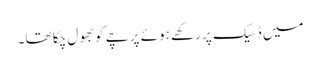
میں ڈسیک پر رکھے ہوئے پرچے کو بھول چکا تھا۔